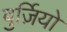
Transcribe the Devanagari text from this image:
बुर्ज़ियो